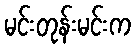
မင်းတုန်းမင်းက